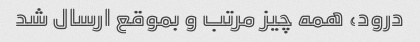
درود، همه چیز مرتب و بموقع ارسال شد